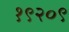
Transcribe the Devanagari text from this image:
१९२०९